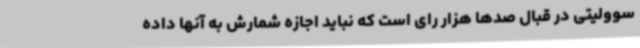
سوولیتی در قبال صدها هزار رای است که نباید اجازه شمارش به آنها داده